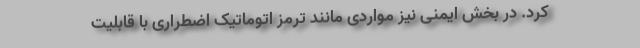
کرد. در بخش ایمنی نیز مواردی مانند ترمز اتوماتیک اضطراری با قابلیت